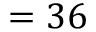
= 3 6